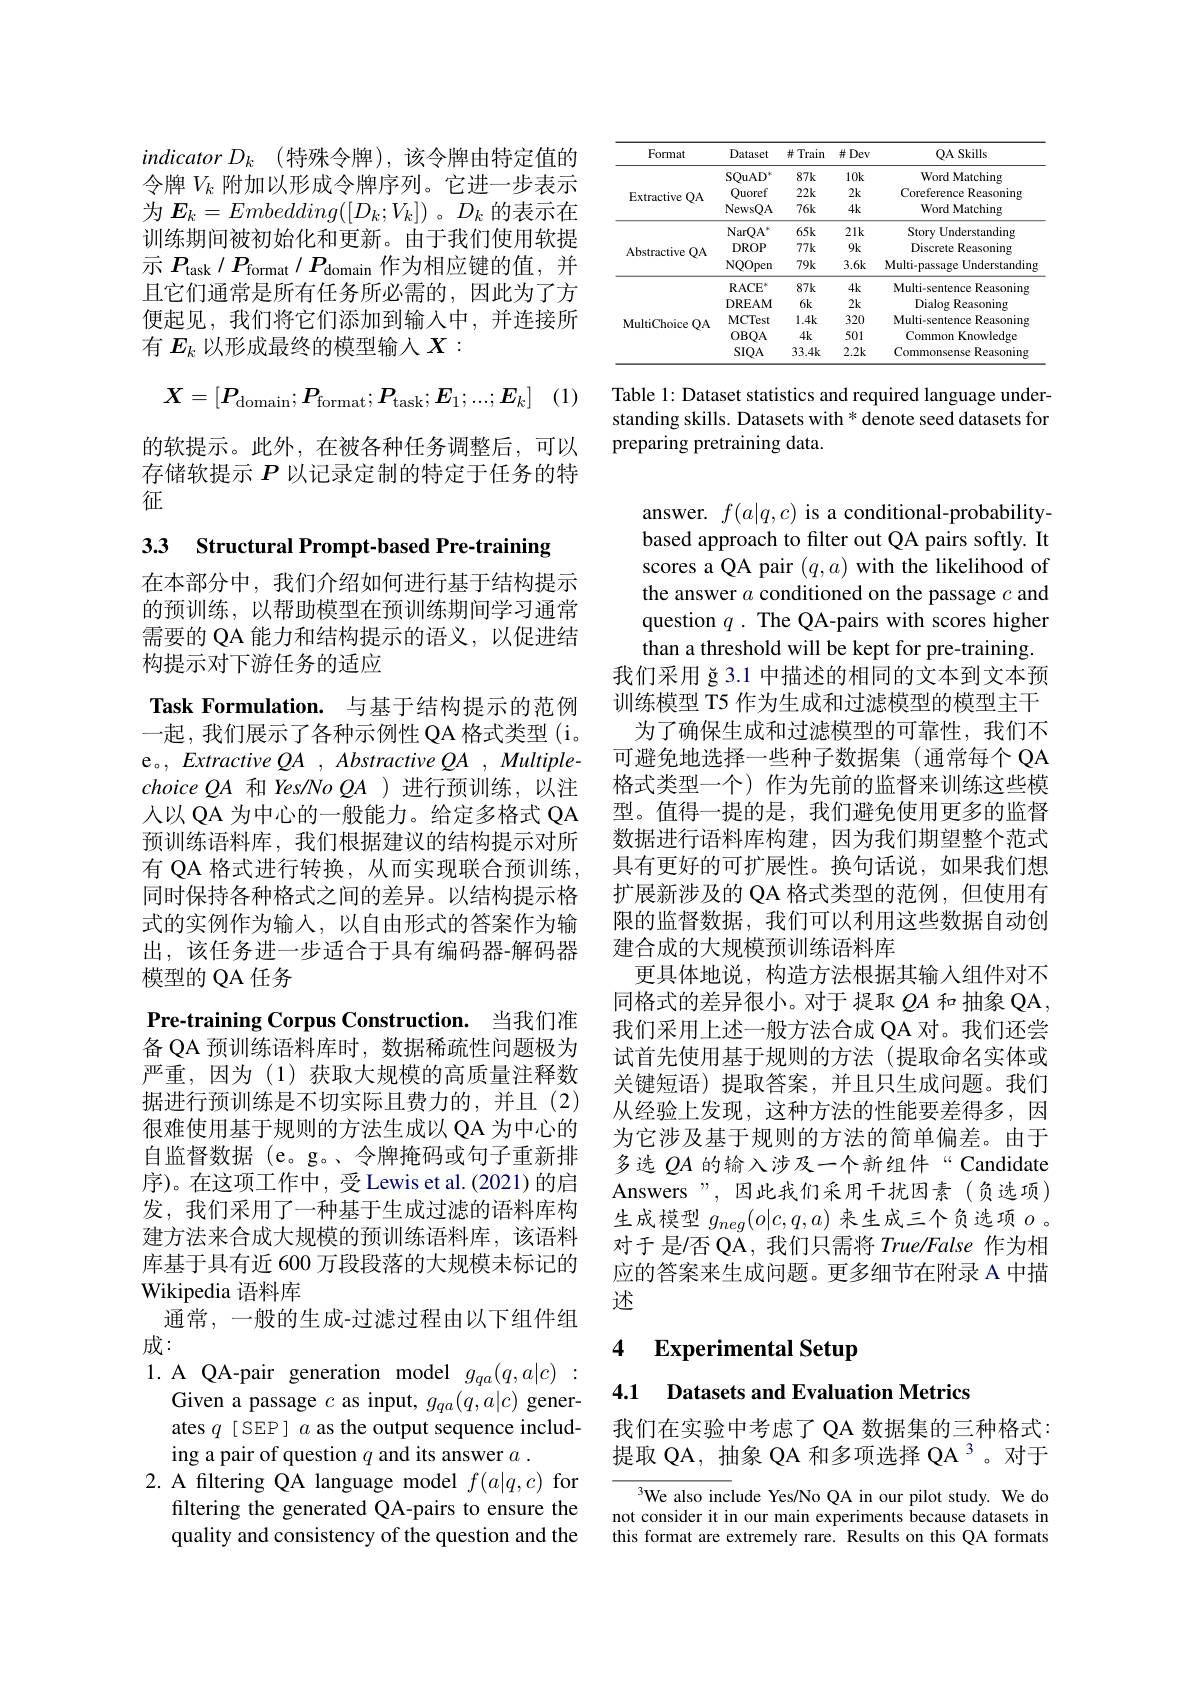
$indicatorD_k$ (特殊令牌),该令牌由特定值的令牌$V_k$附加以形成令牌序列。它进一步表示为$\boldsymbol E_k=Embedding([D_k;V_k])$。$D_k$的表示在训练期间被初始化和更新。由于我们使用软提示$P_\mathrm{task}/P_\mathrm{format}/P_\mathrm{domain}$作为相应键的值，并且它们通常是所有任务所必需的，因此为了方便起见，我们将它们添加到输入中，并连接所有$E_k$以形成最终的模型输入$X:$
$$X=[P_{\mathrm{domain}};P_{\mathrm{format}};P_{\mathrm{task}};E_1;...;E_k]$$
(1)

的软提示。此外，在被各种任务调整后，可以存储软提示$P$以记录定制的特定于任务的特征

3.3 Structural Prompt-based Pre-training

在本部分中，我们介绍如何进行基于结构提示的预训练，以帮助模型在预训练期间学习通常需要的 QA 能力和结构提示的语义，以促进结构提示对下游任务的适应

Task Formulation. 与基于结构提示的范例一起，我们展示了各种示例性 QA 格式类型 (i。e。, Extractive QA , Abstractive QA , MultiplechoiceQA和 Yes/No $QA$ )进行预训练，以注人以 QA 为中心的一般能力。给定多格式 QA 预训练语料库，我们根据建议的结构提示对所有 QA 格式进行转换，从而实现联合预训练， 同时保持各种格式之间的差异。以结构提示格式的实例作为输入，以自由形式的答案作为输出，该任务进一步适合于具有编码器-解码器模型的 QA 任务
Pre-training Corpus Construction. 当我们准备 QA 预训练语料库时，数据稀疏性问题极为严重，因为(1)获取大规模的高质量注释数据进行预训练是不切实际且费力的，并且(2) 很难使用基于规则的方法生成以 QA 为中心的自监督数据 (e。g。、令牌掩码或句子重新排序)。在这项工作中，受 Lewis et al.(2021)的启发，我们采用了一种基于生成过滤的语料库构建方法来合成大规模的预训练语料库，该语料库基于具有近 600 万段段落的大规模未标记的Wikipedia 语料库
通常，一般的生成-过滤过程由以下组件组
成：
1. A QA-pair generation model $g_{qa}(q,a|c):$
Given a passage $c$ as input, $g_qa(q,a|c)$ gener-

ates $q$ [ SEP] $a$ as the output sequence includ-
ing a pair of question $q$ and its answer $a.$
2. A filtering QA language model $f(a|q,c)$ for
filtering the generated QA-pairs to ensure the quality and consistency of the question and the

<table>
	<tbody>
		<tr>
			<th>Format</th>
			<th>Dataset</th>
			<th>井 Train</th>
			<th>$\#Dev$</th>
			<th>QA Skills</th>
		</tr>
		<tr>
			<td rowspan="3">Extractive $QA$</td>
			<td>$\mathrm{SQuAD}^*$</td>
			<td>$87k$</td>
			<td>$10k$</td>
			<td>Word Matching</td>
		</tr>
		<tr>
			<td>Quoref</td>
			<td>$22k$</td>
			<td>$2k$</td>
			<td>Coreference Reasoning</td>
		</tr>
		<tr>
			<td>NewsQA</td>
			<td>$76k$</td>
			<td>$4k$</td>
			<td>Word Matching</td>
		</tr>
		<tr>
			<td rowspan="3">Abstractive $\Xi QA$</td>
			<td>NarQA</td>
			<td>$65k$</td>
			<td>$21k$</td>
			<td>Story Understanding</td>
		</tr>
		<tr>
			<td>DROP</td>
			<td>$777k$</td>
			<td>$9k$</td>
			<td>Discrete Reasoning</td>
		</tr>
		<tr>
			<td>NQOpen</td>
			<td>$79k$</td>
			<td>$3.6k$</td>
			<td>Multi-passage Understanding</td>
		</tr>
		<tr>
			<td rowspan="5">MultiChoice $QA$</td>
			<td>$\mathbf{R}$ACE</td>
			<td>$87k$</td>
			<td>$4k$</td>
			<td>Multi-sentence Reasoning</td>
		</tr>
		<tr>
			<td>$DREAM$</td>
			<td>$6k$</td>
			<td>$2k$</td>
			<td>Dialog Reasoning</td>
		</tr>
		<tr>
			<td>MCTest</td>
			<td>$1.4k$</td>
			<td>320</td>
			<td>Multi-sentence Reasoning</td>
		</tr>
		<tr>
			<td>$OBQA$</td>
			<td>$4k$</td>
			<td>501</td>
			<td>Common 1 Knowledge 11</td>
		</tr>
		<tr>
			<td>$SIQA$</td>
			<td>$33.4k$</td>
			<td>$2.2k$</td>
			<td>Commonsense Reasoning</td>
		</tr>
	</tbody>
</table>

Table 1: Dataset statistics and required language understanding skills. Datasets with * denote seed datasets for preparing pretraining data.

answer. $f(a|q,c)$ is a conditional-probabilitybased approach to filter out QA pairs softly. It scores a QA pair $(q,a)$ with the likelihood of the answer $a$ conditioned on the passage $c$ and question $q$ . The QA-pairs with scores higher than a threshold will be kept for pre-training.
我们采用 ğ 3.1 中描述的相同的文本到文本预训练模型 T5 作为生成和过滤模型的模型主干
为了确保生成和过滤模型的可靠性，我们不可避免地选择一些种子数据集(通常每个 QA 格式类型一个)作为先前的监督来训练这些模型。值得一提的是，我们避免使用更多的监督数据进行语料库构建，因为我们期望整个范式具有更好的可扩展性。换句话说，如果我们想扩展新涉及的 QA 格式类型的范例，但使用有限的监督数据，我们可以利用这些数据自动创建合成的大规模预训练语料库
更具体地说，构造方法根据其输入组件对不同格式的差异很小。对于 提取$QA$和 抽象 QA , 我们采用上述一般方法合成 QA 对。我们还尝试首先使用基于规则的方法(提取命名实体或关键短语)提取答案，并且只生成问题。我们从经验上发现，这种方法的性能要差得多，因为它涉及基于规则的方法的简单偏差。由于多选$QA$的输入涉及一个新组件“Candidate Answers",因此我们采用干扰因素(负选项) 生成模型$g_{neg}(o|c,q,a)$来生成三个负选项$o$ 。对于 是/否 QA, 我们只需将 True/False 作为相应的答案来生成问题。更多细节在附录 A 中描述

### 4 $\textbf{Experimental Setup}$

## 4.1 Datasets and Evaluation Metrics

我们在实验中考虑了 QA 数据集的三种格式： 提取 QA, 抽象 QA 和多项选择 QA 3。对于

$^{3}$We also include Yes/No QA in our pilot study. We do not consider it in our main experiments because datasets in this format are extremely rare. Results on this QA formats